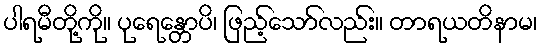
ပါရမီတို့ကို။ ပုရေန္တောပိ၊ ဖြည့်သော်လည်း။ တာရယတိနာမ၊